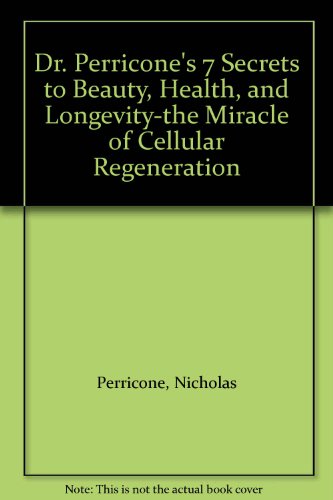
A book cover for Dr. Perricone's 7 Secrets to Beauty, Health, and Longevity-the Miracle of Cellular Regeneration; Health, Fitness & Dieting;